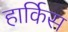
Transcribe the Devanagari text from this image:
हार्किस